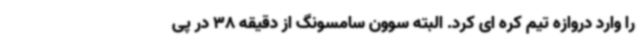
را وارد دروازه تیم کره ای کرد. البته سوون سامسونگ از دقیقه 38 در پی